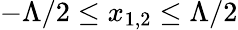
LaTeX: -\Lambda/2\leq x_{1,2}\leq\Lambda/2